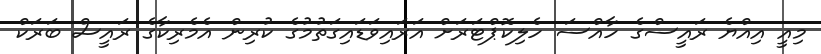
މިއީ އިއްޔެ ރައީސްގެ ހާއްސަ ހެލިކޮޕްޓަރަށް އަރައިވަޑައިގަތުމުގެ ކުރިން އެމެރިކާގެ ރައީސް ބަރަކް